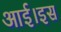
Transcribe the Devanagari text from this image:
आई।इस